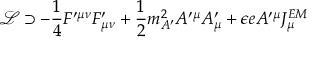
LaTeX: { \mathcal { L } } \supset - { \frac { 1 } { 4 } } F ^ { \prime \mu \nu } F _ { \mu \nu } ^ { \prime } + { \frac { 1 } { 2 } } m _ { A ^ { \prime } } ^ { 2 } A ^ { \prime \mu } A _ { \mu } ^ { \prime } + \epsilon e A ^ { \prime \mu } J _ { \mu } ^ { E M }